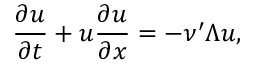
\frac { \partial u } { \partial t } + u \frac { \partial u } { \partial x } = - \nu ^ { \prime } \Lambda u ,